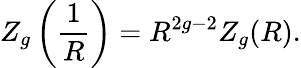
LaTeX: Z_{g}\left({\frac{1}{R}}\right)=R^{2g-2}Z_{g}(R).